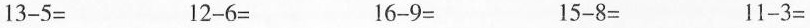
$$1 3 - 5 =$$$$1 2 - 6 =$$$$1 6 - 9 =$$$$1 5 - 8 =$$$$1 1 - 3 =$$